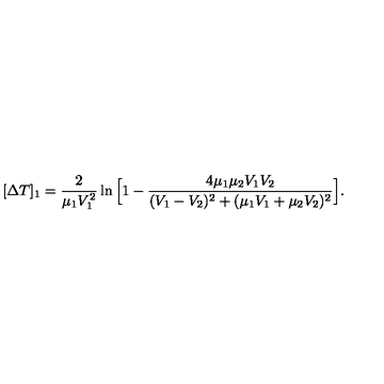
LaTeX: [ \Delta T ] _ { 1 } = { \frac { 2 } { \mu _ { 1 } V _ { 1 } ^ { 2 } } } \ln \Big [ 1 - { \frac { 4 \mu _ { 1 } \mu _ { 2 } V _ { 1 } V _ { 2 } } { ( V _ { 1 } - V _ { 2 } ) ^ { 2 } + ( \mu _ { 1 } V _ { 1 } + \mu _ { 2 } V _ { 2 } ) ^ { 2 } } } \Big ] .